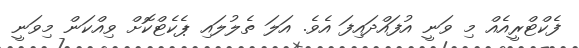
ފެކްޓްރީއެއް މި ވަނީ އުފައްދައިފަ އެވެ. އަލަ ތެލުލައި ޕެކެޓްކޮށް ވިއްކަން މިވަނީ